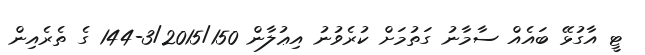
ޓީ އާގުޅޭ ބައެއް ސާމާނު ގަތުމަށް ކުރެވުނު އިޢުލާން 3/2015/150-144 ގެ ތެރެއިން